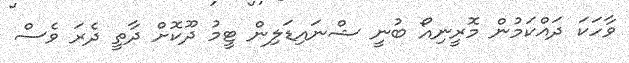
ވާހަކަ ދައްކަމުން މޮރީނިއޯ ބުނީ ޝްނައިޑަލިން ޓީމު ދޫކޮށް ދާތީ ދެރަ ވެސް